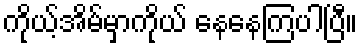
ကိုယ့်အိမ်မှာကိုယ် နေနေကြပါပြီ။